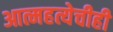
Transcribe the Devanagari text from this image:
आत्महत्येचीही